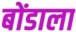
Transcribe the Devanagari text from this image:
बोंडाला